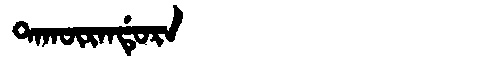
Manchu: ᡨᠠᡴᡡᡵᠠᠨᡩᡠᡵᠠ
Romanization: TAKŪRANDURA